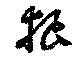
狼